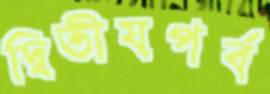
দ্বিতীয়পর্ব